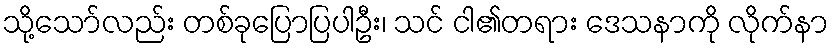
သို့သော်လည်း တစ်ခုပြောပြပါဦး၊ သင် ငါ၏တရား ဒေသနာကို လိုက်နာ